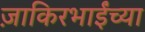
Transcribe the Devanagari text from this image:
ज़ाकिरभाईंच्या